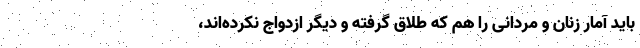
باید آمار زنان و مردانی را هم که طلاق گرفته و دیگر ازدواج نکرده‌اند،